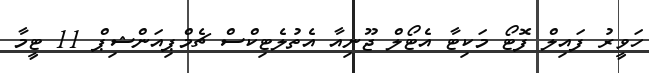
ހަވީރު ފައިލް ފޮޓޯ މަކިޓާ އެޓޯލް ޖޫނިއާ އެތުލެޓިކްސް ޗެމްޕިއަންޝިޕް 11 ޓީމާ